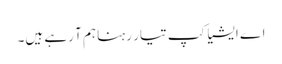
اے ایشیا کپ تیار رہنا ہم آ رہے ہیں۔